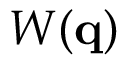
W ( { \bf q } )